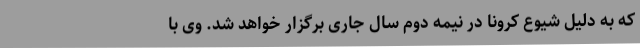
که به دلیل شیوع کرونا در نیمه دوم سال جاری برگزار خواهد شد. وی با